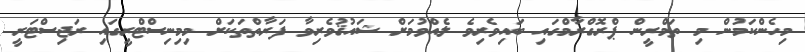
މިހެންކަމުން މި ތަމްރީން ޕްރޮގްރާމްގައި ބައިވެރިވެ ލެއްވުމަށް ޝައުޤުވެރިވާ ފަރާތްތަކަށް މިމިނިސްޓްރީގައި ރަޖިސްޓަރީ